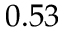
0 . 5 3